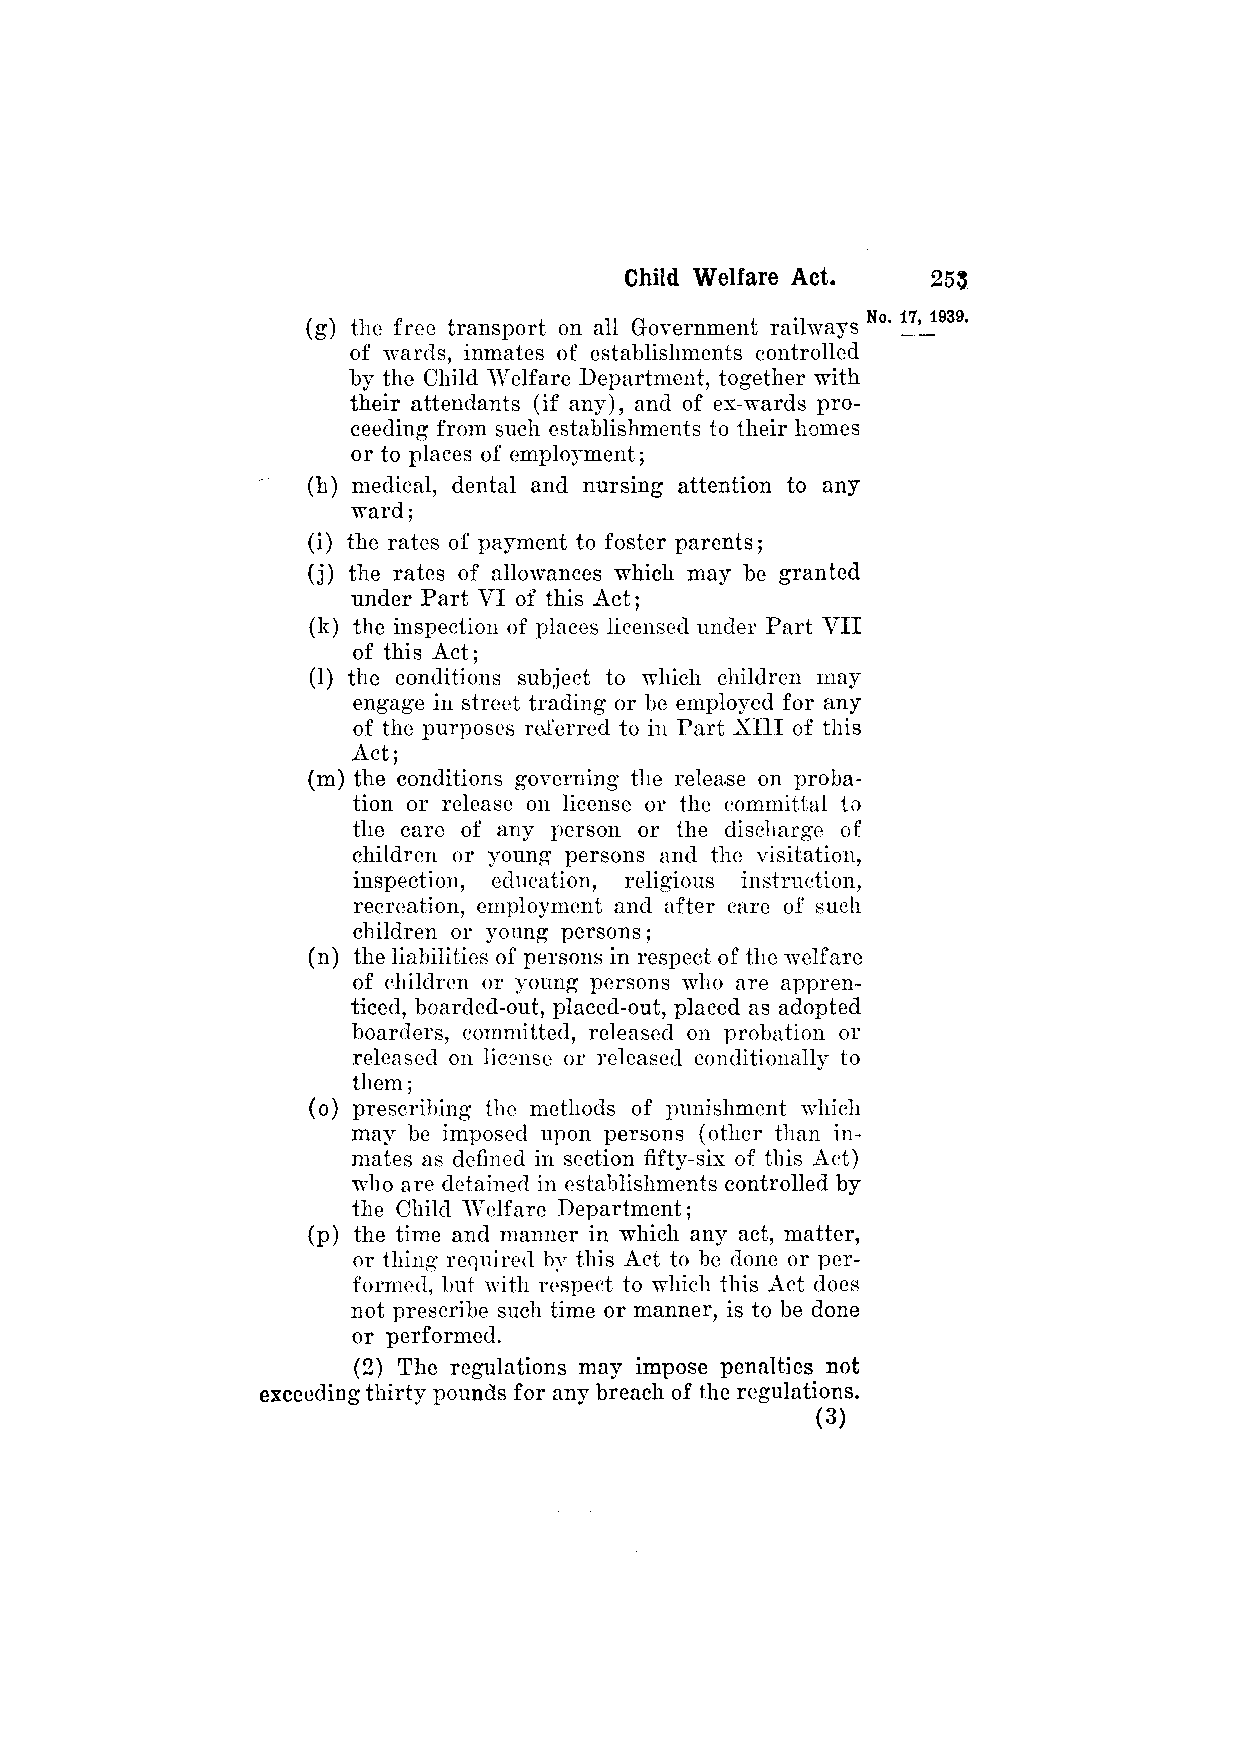
(g) the free transport on all Government railways
 of wards, inmates of establishments controlled
 by the Child Welfare Department, together with
 their attendants (if any), and of ex-wards pro­
 ceeding from such establishments to their homes
 or to places of employment;
 (h) medical, dental and nursing attention to any
 ward;
 (i) the rates of payment to foster parents;
 (j) the rates of allowances which may be granted
 under Part VI of this Act;
 (k) the inspection of places licensed under Part VII
 of this Act;
 (1) the conditions subject to which children may
 engage in street trading or be employed for any
 of the purposes referred to in Part XIII of this
 Act;
 (m) the conditions governing the release on proba­
 tion or release on license or the committal to
 the care of any person or the discharge of
 children or young persons and the visitation,
 inspection, education, religious instruction,
 recreation, employment and after care of such
 children or young persons;
 (n) the liabilities of persons in respect of the welfare
 of children or young persons who are appren­
 ticed, boarded-out, placed-out, placed as adopted
 boarders, committed, released on probation or
 released on license or released conditionally to
 them;
 (o) prescribing the methods of punishment which
 may be imposed upon persons (other than in­
 mates as defined in section fifty-six of this Act)
 who are detained in establishments controlled by
 the Child Welfare Department;
 (p) the time and manner in which any act, matter,
 or thing required by this Act to be done or per­
 formed, but with respect to which this Act does
 not prescribe such time or manner, is to be done
 or performed.
 (2) The regulations may impose penalties not
 exceeding thirty pounds for any breach of the regulations.
 (3)